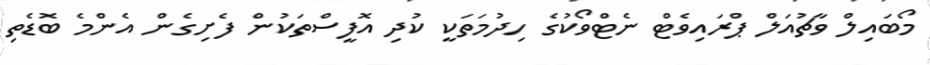
މޯބައިލް ވާޗުއަލް ޕްރައިވެޓް ނެޓްވޯކުގެ ހިދުމަތަކީ ކުދި އޮފީސްތަކުން ފެށިގެން އެންމެ ބޮޑެތި